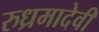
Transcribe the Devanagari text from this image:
रुध्रमादेवी